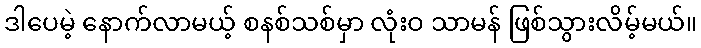
ဒါပေမဲ့ နောက်လာမယ့် စနစ်သစ်မှာ လုံးဝ သာမန် ဖြစ်သွားလိမ့်မယ်။